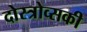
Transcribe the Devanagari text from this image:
दोस्त्रोव्सकी